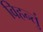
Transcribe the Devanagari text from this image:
विहन्तुं